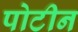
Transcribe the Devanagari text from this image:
पोटीन